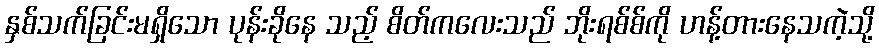
နှစ်သက်ခြင်းမရှိသော ပုန်းခိုနေ သည့် စိတ်ကလေးသည် ဘိုးရစ်စ်ကို ဟန့်တားနေသကဲ့သို့